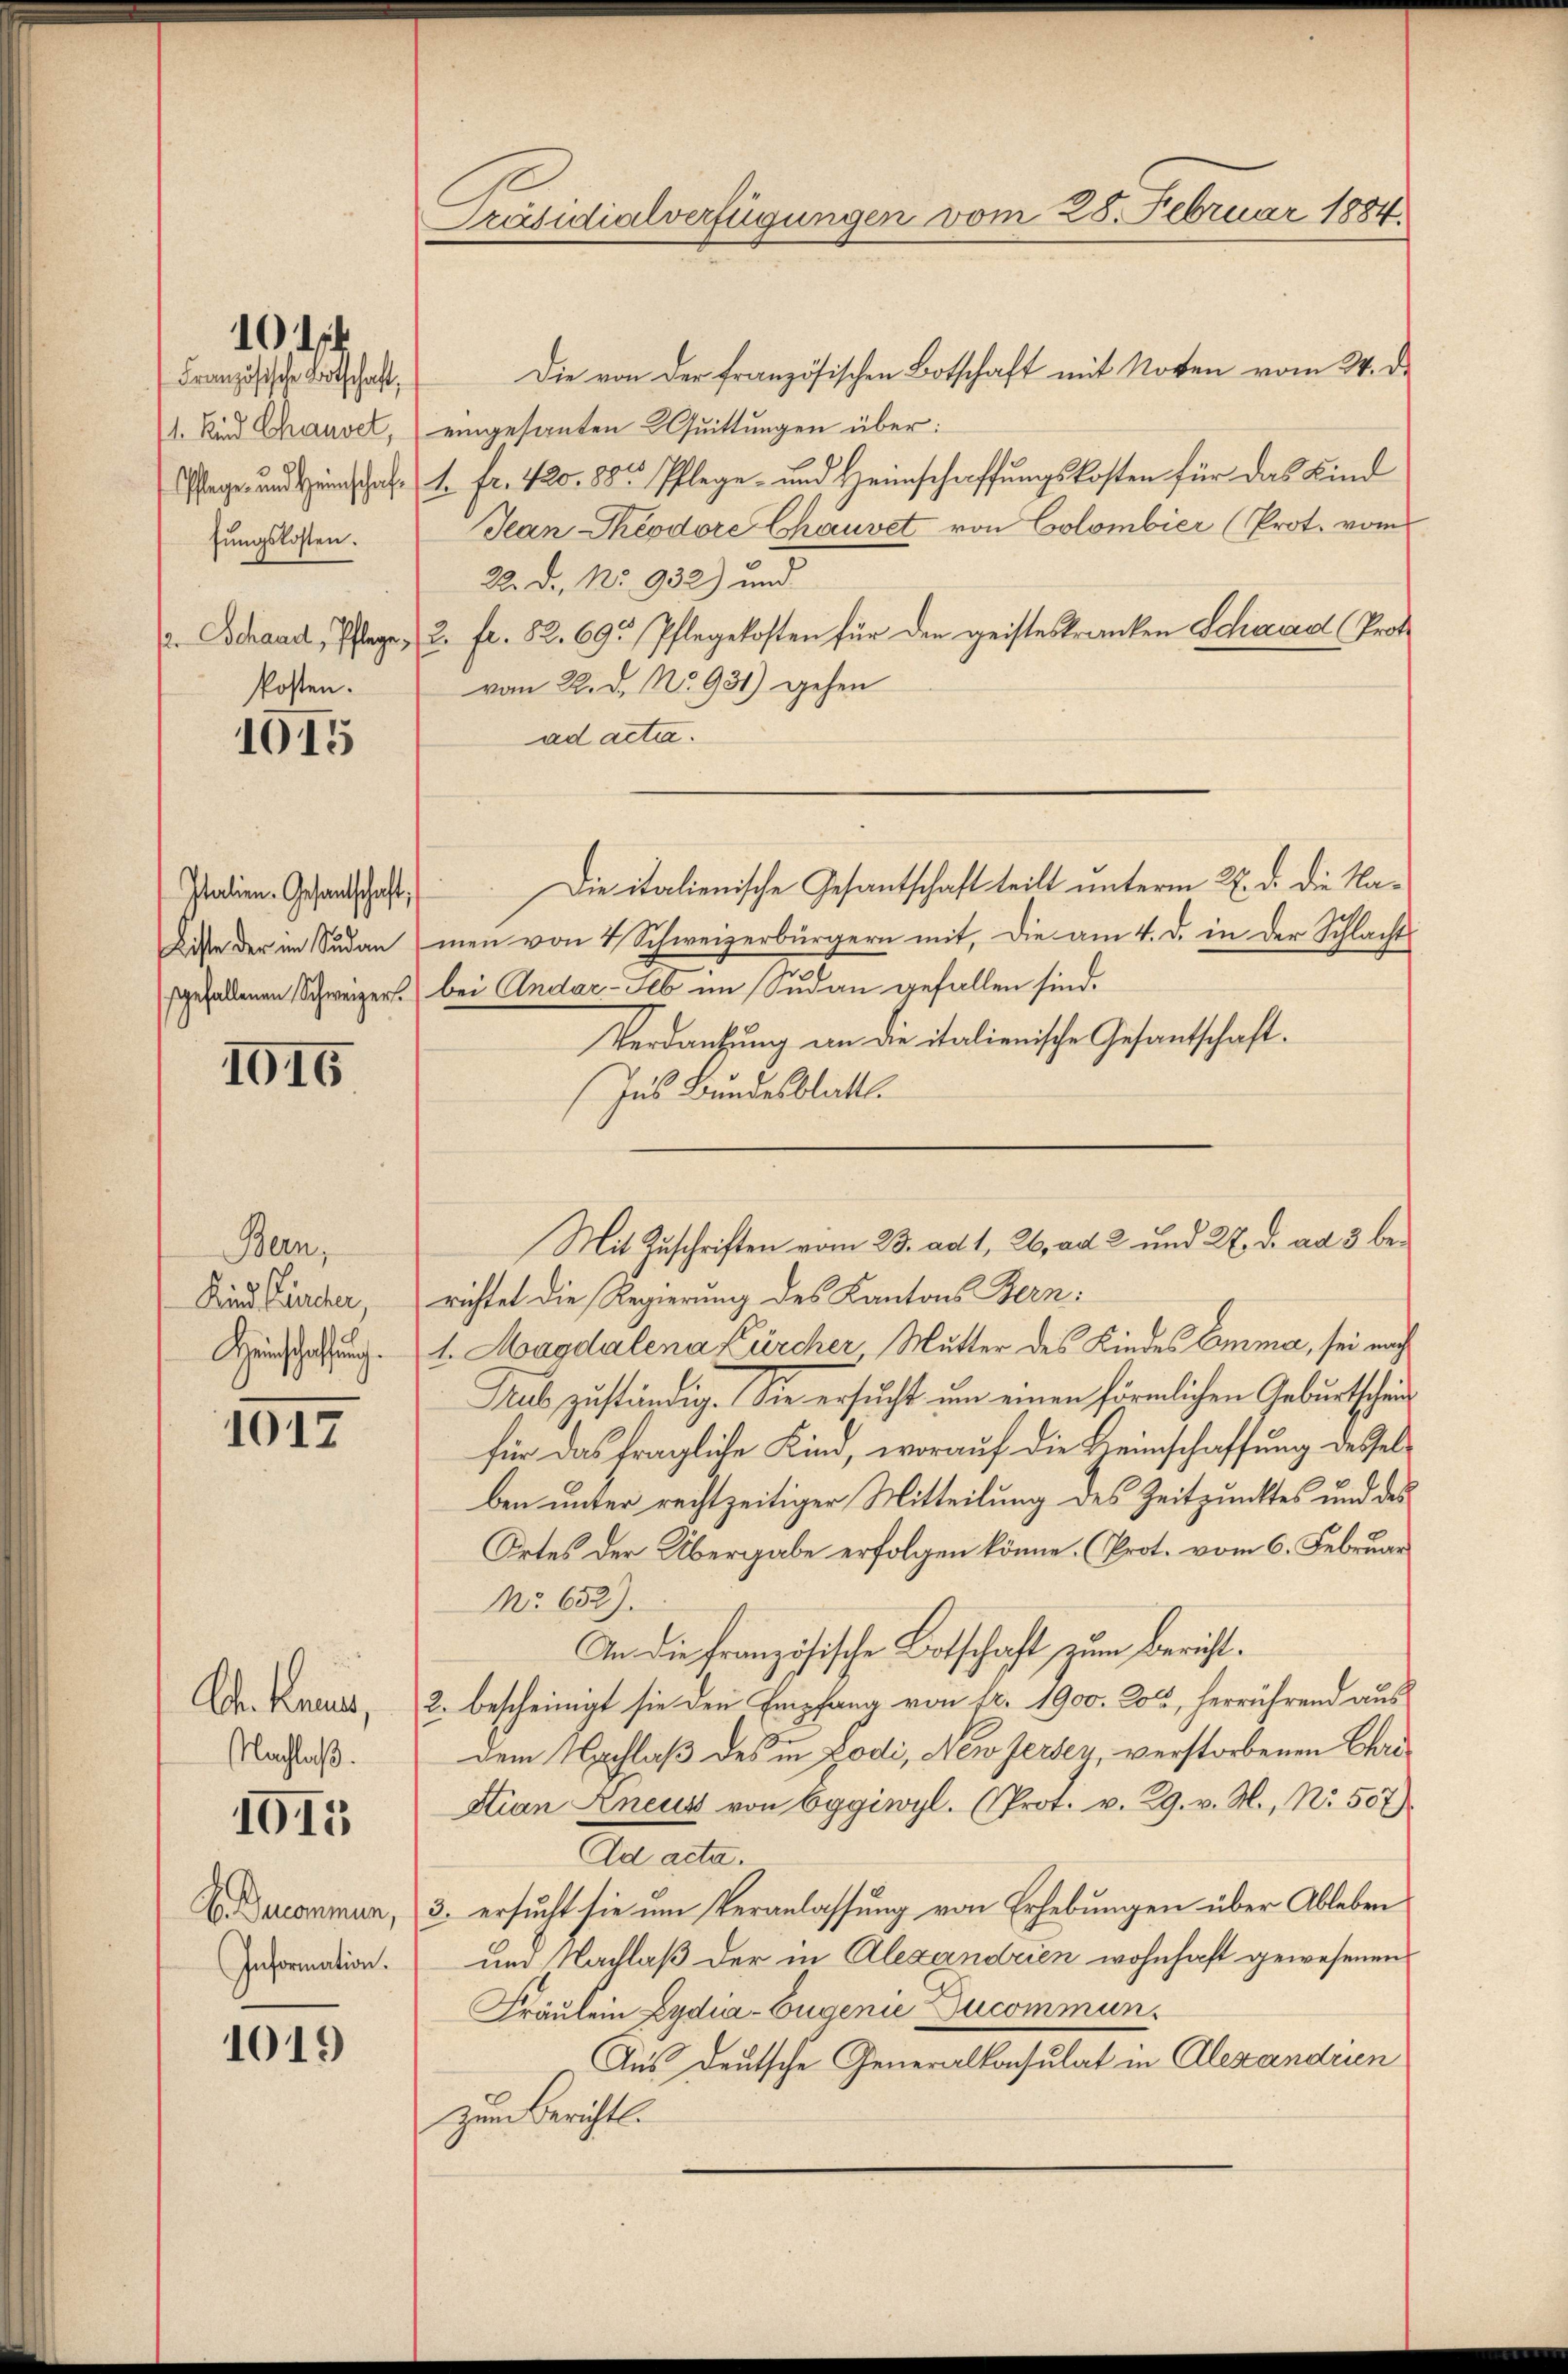
1014

Französische Botschaft,
11. Kind Chausel,
Pflage und Heinschaft
sŭngskosten.
. Schaad, Pflege,
Posten.

1015

Valien. Gesandtschaft;
Liste der im Sudan
sgefallenen Schweizer.

1016

Bern,
Kind Zürcher,
Heinschaffung.

1017

Ah Haus,
Nachlaß.

1015

H. Ducommun,
Information.

1019

Präsidialverfügungen vom 28. Februar 1884.

Die von der französischen Botschaft mit Noten vom 24. d.
eingesanten Quittungen über:
4. Fr. 420. 885. Pflege- und Heimschaffungskosten für das Kind
Jean Theodore Chauvet von Colombier (Prot. vom
22. Dr. No 932) und
2. fr. 82. 69. Pflegekosten für den geisteskranken Schaad (Prot
vom 22. d. No. 931) gehen
ad acta.
Die italienische Gesantschaft teilt unterm 27. d. die Namen von 4 Schweizerbürgern mit, die am 4. d. in der Schlacht
bei Andar-Seb im Sudan gefallen sind.
Verdankung an die italienische Gesantschaft.
Ins Bundesblattl.
richtet die Regierung des Kantons Bern.
1. Magdalena Kürcher Mutter des Kindes Emma, sei nach
Aub zuständig. Sie ersucht um einen förmlichen Geburtscheifür das fragliche Kind, worauf die Heinschaffung desselben unter rechtzeitiger Mitteilung des Zeitpunktes und des
Ortes der Übergabe erfolgen könne. (Prot. vom 6. Februar
No 652).
In die französische Botschaft zum Bericht.
2. bescheinigt sie den Empfang von fr. 1900. Lo, herrührend aus
dem Nachlaß des in Lodi, New Jersey, verstorbenen Chri¬
Stian Zneus von Eggiwyl. (Prot. v. 29. v. M., Nr. 507)
Ad acta.
3. ersucht sie um Veranlassung von Erhebungen über Ableben
um Nachlaß der in Alexandrien wohnhaft gewesenen
Fräulein Lydia-Eugenie Ducommun
Aus deutsche Generalkonsulat in Alexandrien
Zum Berichtl.

Mit Zuschriften vom 23. ad 1, 26, ad 2 und 27. d. ad 3 be¬